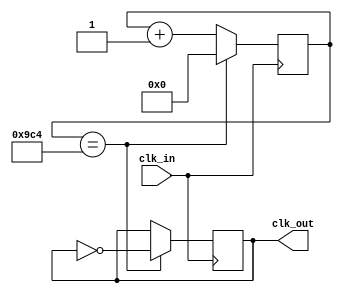
module divClock(input clk_in, output reg clk_out);

reg [24:0] contador;
initial begin
	contador = 0;
end

always @(posedge clk_in)begin

	if(contador == 25'd2500 )begin
		clk_out = !clk_out;
		contador = 5'b0;
	end
	else
		contador = contador + 1;
end

endmodule